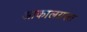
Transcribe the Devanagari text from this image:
आकालग्रस्त